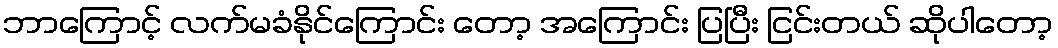
ဘာကြောင့် လက်မခံနိုင်ကြောင်း တော့ အကြောင်း ပြပြီး ငြင်းတယ် ဆိုပါတော့